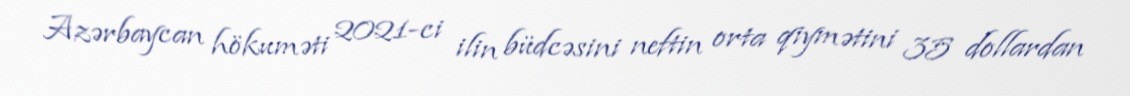
Azərbaycan hökuməti 2021-ci ilin büdcəsini neftin orta qiymətini 35 dollardan